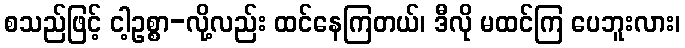
စသည်ဖြင့် ငါ့ဥစ္စာ-လို့လည်း ထင်နေကြတယ်၊ ဒီလို မထင်ကြ ပေဘူးလား၊